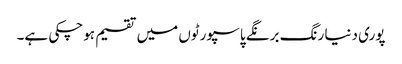
پوری دنیا رنگ برنگے پاسپورٹوں میں تقسیم ہوچکی ہے۔